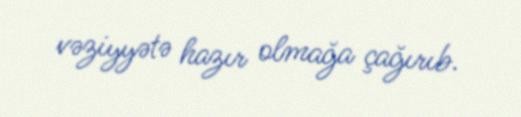
vəziyyətə hazır olmağa çağırıb.